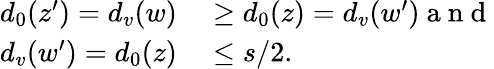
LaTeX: \begin{array}{rl}{d_{0}(z^{\prime})=d_{v}(w)}&{{}\geq d_{0}(z)=d_{v}(w^{\prime})\mathrm{~a~n~d~}}\\ {d_{v}(w^{\prime})=d_{0}(z)}&{{}\leq s/2.}\end{array}